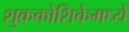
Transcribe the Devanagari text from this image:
शुक्रकोशिकेमध्ये